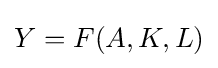
Y=F(A,K,L)